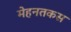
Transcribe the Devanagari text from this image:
मेहनतकस